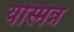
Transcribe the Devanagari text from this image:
यस्मिन्न